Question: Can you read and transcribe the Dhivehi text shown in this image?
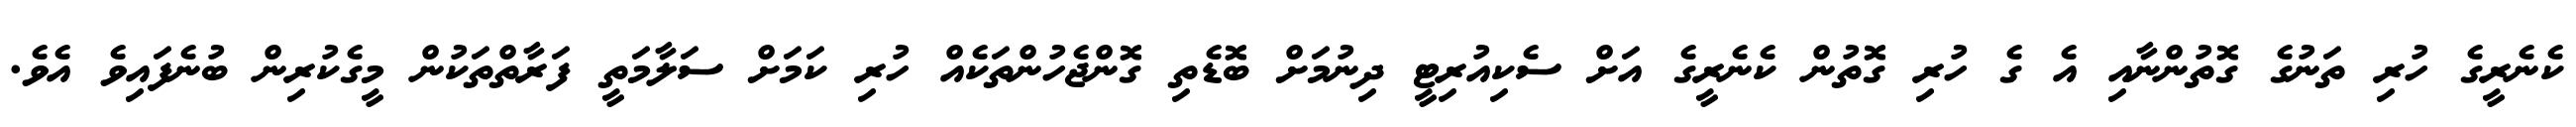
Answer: ކެނެރީގެ ހުރި ތަނުގެ ގޮތުންނާއި އެ ގެ ހުރި ގޮތުން ކެނެރީގެ އަށް ސެކިއުރިޓީ ދިނުމަށް ބޮޑެތި ގޮންޖެހުންތަކެއް ހުރި ކަމަށް ސަލާމަތީ ފަރާތްތަކުން މީގެކުރިން ބުނެފައިވެ އެވެ.